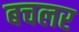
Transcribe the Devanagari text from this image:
बचलर